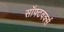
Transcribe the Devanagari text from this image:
सॉफ्टवर्क्स